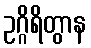
ဥဂ္ဂိရိတွာန